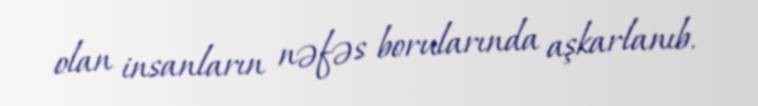
olan insanların nəfəs borularında aşkarlanıb.